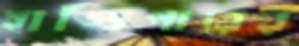
হাড্ডিপারের